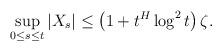
LaTeX: \begin{align*}\begin{gathered}\sup_{0\leq s\leq t} |X_s|\leq \left(1+t^H\log^2t\right)\zeta.\end{gathered}\end{align*}